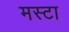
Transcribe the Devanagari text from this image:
मस्टा